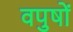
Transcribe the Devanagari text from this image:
वपुषों